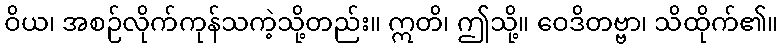
ဝိယ၊ အစဉ်လိုက်ကုန်သကဲ့သို့တည်း။ ဣတိ၊ ဤသို့။ ဝေဒိတဗ္ဗာ၊ သိထိုက်၏။